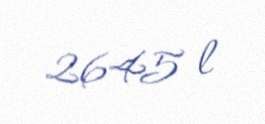
2645 l